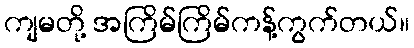
ကျမတို့ အကြိမ်ကြိမ်ကန့်ကွက်တယ်။